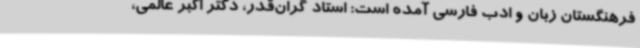
فرهنگستان زبان و ادب فارسی آمده است: استاد گران‌قدر، دکتر اکبر عالمی،